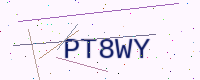
Text: PT8WY